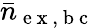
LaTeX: \bar{n}_{\mathrm{~e~x~,~b~c~}}